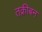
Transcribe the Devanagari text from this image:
तक्रीबन